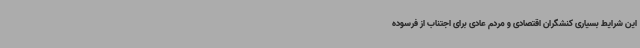
این شرایط بسیاری کنشگران اقتصادی و مردم عادی برای اجتناب از فرسوده